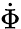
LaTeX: \dot{\Phi}